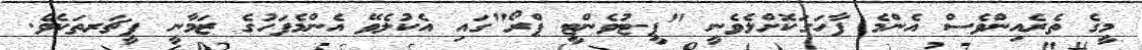
މީގެ ތެރެއިންވެސް އެންމެ ފާހަގަކޮށްލެވެނީ "ޕީ-ޓުވެންޓީ ޕްރޯ"ގައި އެކުލެވޭ އެންމެފަހުގެ ޒަމާނީ ފީޗަރތަކެވެ.